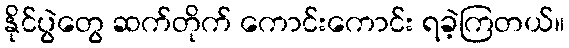
နိုင်ပွဲတွေ ဆက်တိုက် ကောင်းကောင်း ရခဲ့ကြတယ်။